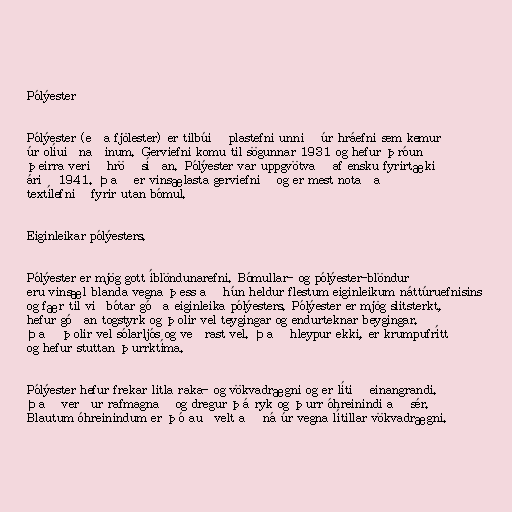
Pólýester

Pólýester (eða fjölester) er tilbúið plastefni unnið úr hráefni sem kemur
úr olíuiðnaðinum. Gerviefni komu til sögunnar 1931 og hefur þróun
þeirra verið hröð síðan. Pólýester var uppgvötvað af ensku fyrirtæki
árið 1941. Það er vinsælasta gerviefnið og er mest notaða
textílefnið fyrir utan bómul.

Eiginleikar pólýesters.

Pólýester er mjög gott íblöndunarefni. Bómullar- og pólýester-blöndur
eru vinsæl blanda vegna þess að hún heldur flestum eiginleikum náttúruefnisins
og fær til viðbótar góða eiginleika pólýesters. Pólýester er mjög slitsterkt,
hefur góðan togstyrk og þolir vel teygingar og endurteknar beygingar.
Það þolir vel sólarljós og veðrast vel. Það hleypur ekki, er krumpufrítt
og hefur stuttan þurrktíma.

Pólýester hefur frekar litla raka- og vökvadrægni og er lítið einangrandi.
Það verður rafmagnað og dregur þá ryk og þurr óhreinindi að sér.
Blautum óhreinindum er þó auðvelt að ná úr vegna lítillar vökvadrægni.